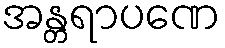
အန္တရာပဏေ